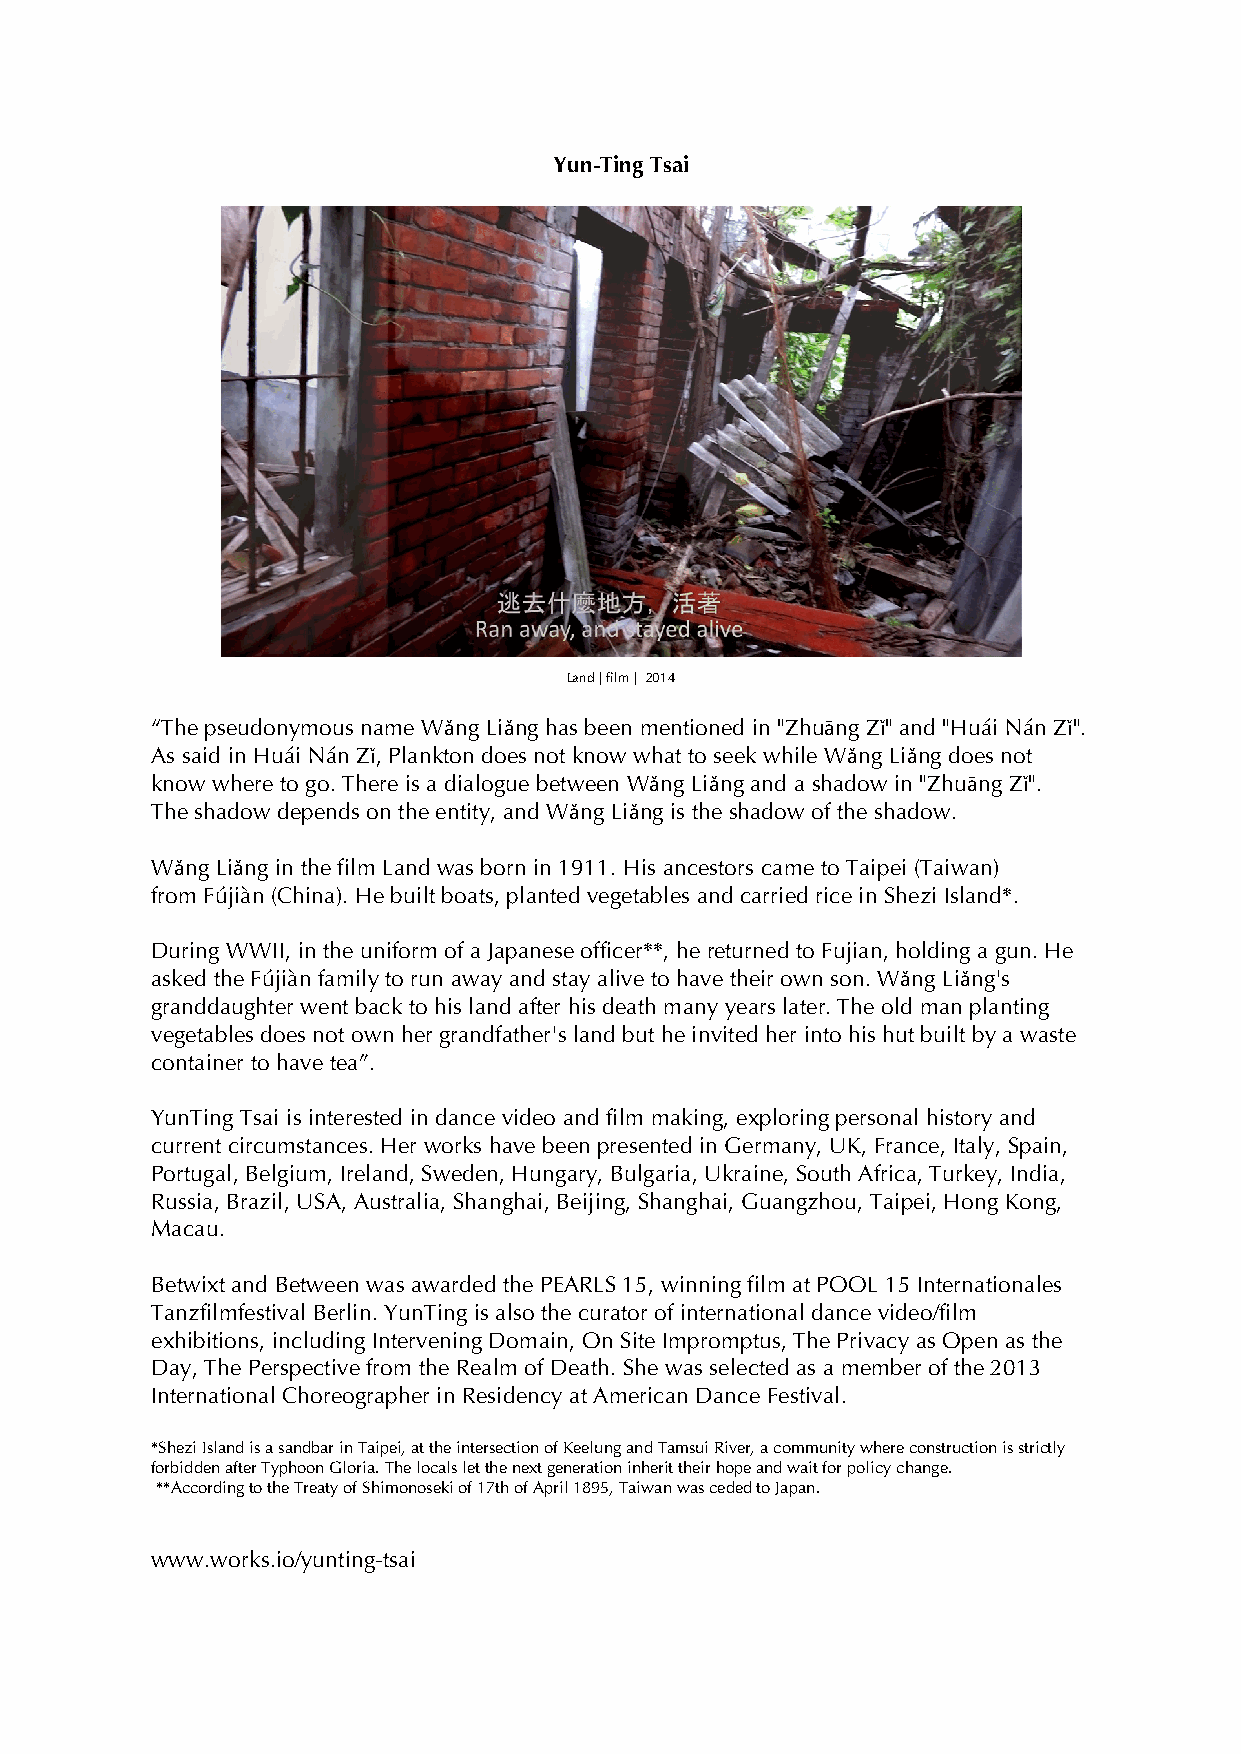
Yun-Ting Tsai
 Land | film | 2014
 “The pseudonymous name Wǎng Liǎng has been mentioned in "Zhuāng Zǐ" and "Huái Nán Zǐ".
 As said in Huái Nán Zǐ, Plankton does not know what to seek while Wǎng Liǎng does not
 know where to go. There is a dialogue between Wǎng Liǎng and a shadow in "Zhuāng Zǐ".
 The shadow depends on the entity, and Wǎng Liǎng is the shadow of the shadow.
 Wǎng Liǎng in the film Land was born in 1911. His ancestors came to Taipei (Taiwan)
 from Fújiàn (China). He built boats, planted vegetables and carried rice in Shezi Island*.
 During WWII, in the uniform of a Japanese officer**, he returned to Fujian, holding a gun. He
 asked the Fújiàn family to run away and stay alive to have their own son. Wǎng Liǎng's
 granddaughter went back to his land after his death many years later. The old man planting
 vegetables does not own her grandfather's land but he invited her into his hut built by a waste
 container to have tea”.
 YunTing Tsai is interested in dance video and film making, exploring personal history and
 current circumstances. Her works have been presented in Germany, UK, France, Italy, Spain,
 Portugal, Belgium, Ireland, Sweden, Hungary, Bulgaria, Ukraine, South Africa, Turkey, India,
 Russia, Brazil, USA, Australia, Shanghai, Beijing, Shanghai, Guangzhou, Taipei, Hong Kong,
 Macau.
 Betwixt and Between was awarded the PEARLS 15, winning film at POOL 15 Internationales
 Tanzfilmfestival Berlin. YunTing is also the curator of international dance video/film
 exhibitions, including Intervening Domain, On Site Impromptus, The Privacy as Open as the
 Day, The Perspective from the Realm of Death. She was selected as a member of the 2013
 International Choreographer in Residency at American Dance Festival.
 *Shezi Island is a sandbar in Taipei, at the intersection of Keelung and Tamsui River, a community where construction is strictly
 forbidden after Typhoon Gloria. The locals let the next generation inherit their hope and wait for policy change.
 **According to the Treaty of Shimonoseki of 17th of April 1895, Taiwan was ceded to Japan.
 www.works.io/yunting-tsai